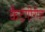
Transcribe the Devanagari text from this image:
कैटेगीरीज